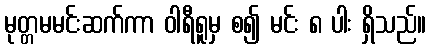
မုတ္တမမင်းဆက်ကာ ဝါရီရူမှ စ၍ မင်း ၈ ပါး ရှိသည်။